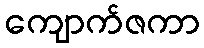
ကျောက်ဇကာ